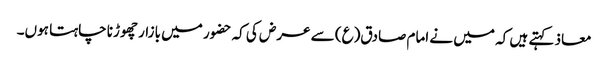
معاذ کہتے ہیں کہ میں نے امام صادق(ع) سے عرض کی کہ حضور میں بازار چھوڑنا چاہتا ہوں۔